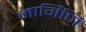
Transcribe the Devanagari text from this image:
मार्गिणि